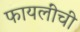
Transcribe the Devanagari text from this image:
फायलींची